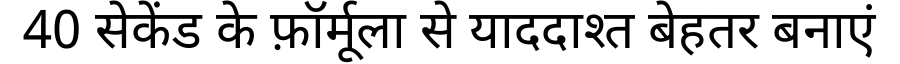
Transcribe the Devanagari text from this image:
40 सेकेंड के फ़ॉर्मूला से याददाश्त बेहतर बनाएं